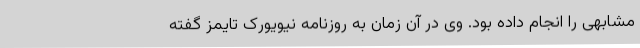
مشابهی را انجام داده بود. وی در آن زمان به روزنامه نیویورک تایمز گفته